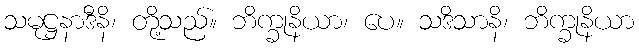
သမုဋ္ဌနာဒီနိ၊ တို့သည်။ ဘိက္ခုနိယာ၊ ပေ။ သဒိသာနိ၊ ဘိက္ခုနိယာ